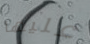
عليها